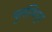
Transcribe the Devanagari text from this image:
पुलत्थिपुर